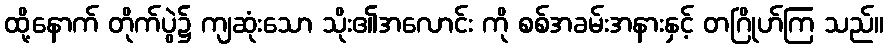
ထို့နောက် တိုက်ပွဲ၌ ကျဆုံးသော သိုး၏အလောင်း ကို စစ်အခမ်းအနားနှင့် တဂြိုဟ်ကြ သည်။